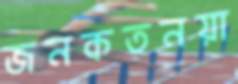
জনকতনয়া